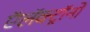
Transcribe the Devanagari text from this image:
ऍलॅक्ट्रॉनों